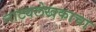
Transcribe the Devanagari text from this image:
नाट्यलेखकाचा